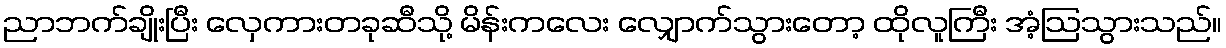
ညာဘက်ချိုးပြီး လှေကားတခုဆီသို့ မိန်းကလေး လျှောက်သွားတော့ ထိုလူကြီး အံ့ဩသွားသည်။